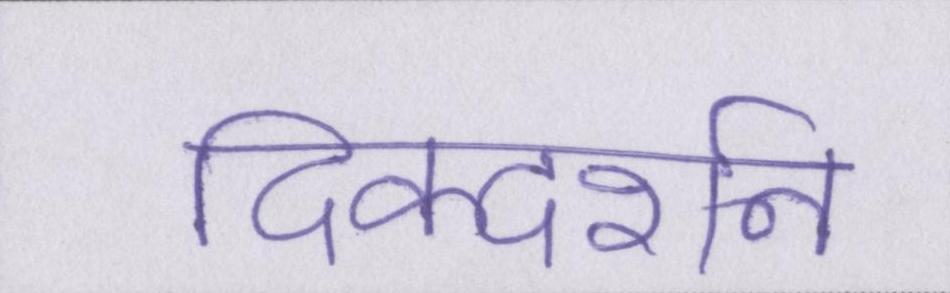
दिक्दर्शन